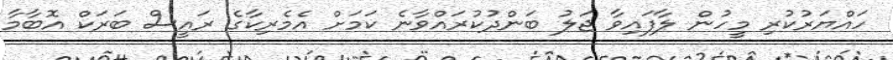
ހައްޔަރުކުރި މީހުން ލާފައިވާ ޖަލު ބަންދުކުރައްވާނެ ކަމަށް އެމެރިކާގެ ރައީސް ބަރަކް އޮބާމާ